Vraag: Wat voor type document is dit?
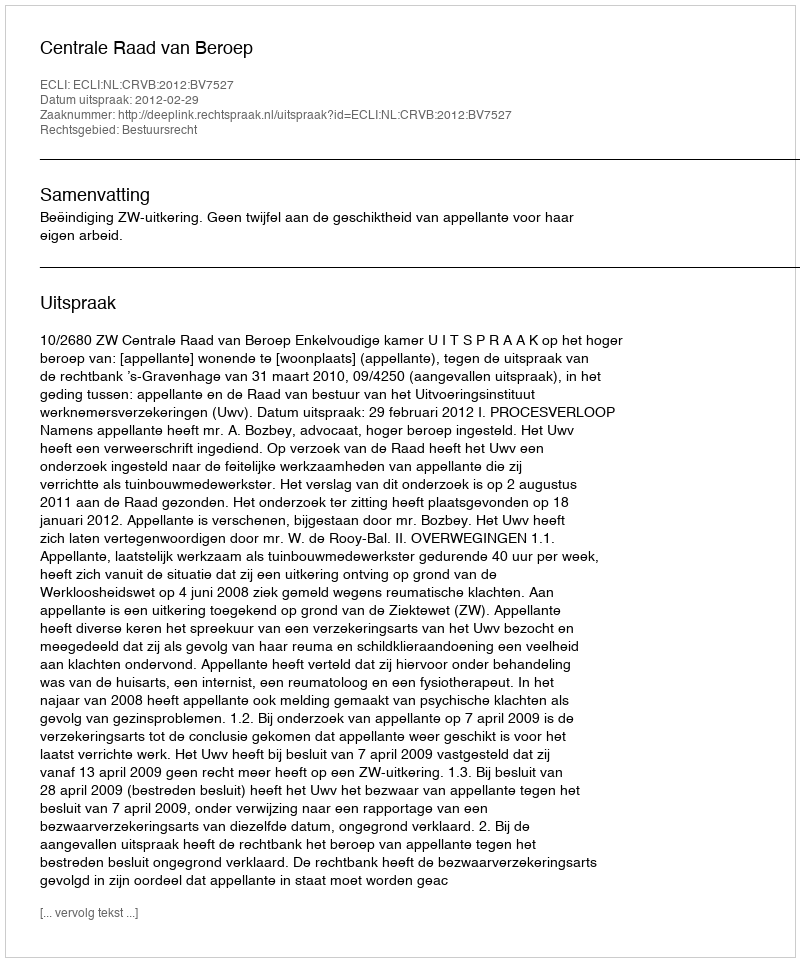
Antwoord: Uitspraak